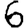
Digit: 6